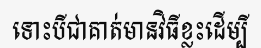
ទោះបីជាគាត់មានវិធីខ្លះដើម្បី